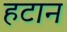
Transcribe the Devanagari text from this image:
हटान